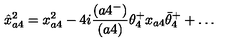
\hat { x } _ { a 4 } ^ { 2 } = x _ { a 4 } ^ { 2 } - 4 i { \frac { ( a 4 ^ { - } ) } { ( a 4 ) } } \theta _ { 4 } ^ { + } x _ { a 4 } \bar { \theta } _ { 4 } ^ { + } + \ldots